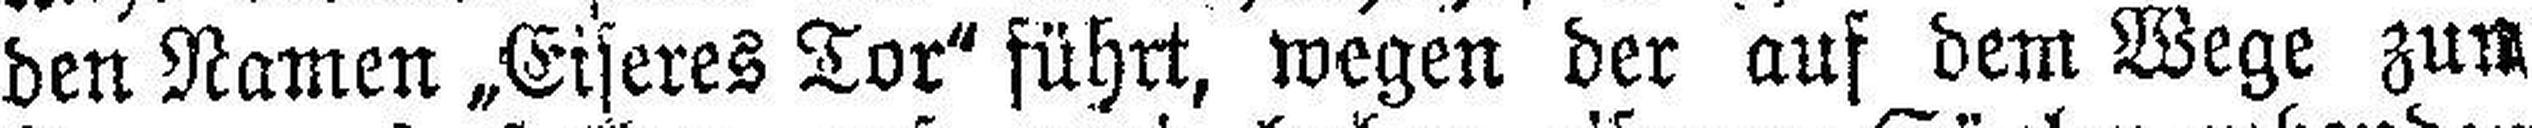
den Namen „Eiseres Tor" führt, wegen der auf dem Wege zum